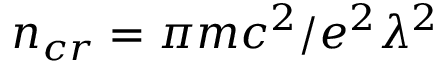
n _ { c r } = \pi m c ^ { 2 } / e ^ { 2 } \lambda ^ { 2 }